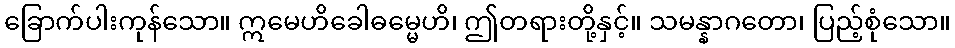
ခြောက်ပါးကုန်သော။ ဣမေဟိခေါဓမ္မေဟိ၊ ဤတရားတို့နှင့်။ သမန္နာဂတော၊ ပြည့်စုံသော။